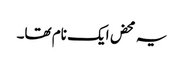
یہ محض ایک نام تھا۔